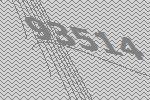
93514